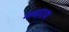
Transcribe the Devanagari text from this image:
नन्दराय